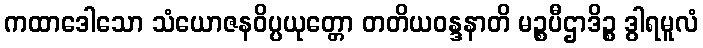
ကထာဒေါသော သံယောဇနဝိပ္ပယုတ္တော တတိယဝန္ဒနာတိ မဉ္စပီဌာဒိဉ္စ ဒွါရမူလံ